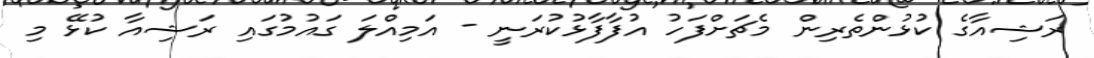
ރަޝިއާގެ ކުޅުންތެރިން މެޗަށްފަހު އުފާފާޅުކުރަނީ - އަމިއްލަ ގައުމުގައި ރަޝިއާ ކުޅޭ މި